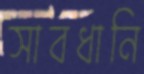
সাবধানি